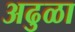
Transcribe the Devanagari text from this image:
अढुळा